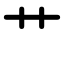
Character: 艹